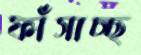
ফাঁসাচ্ছ